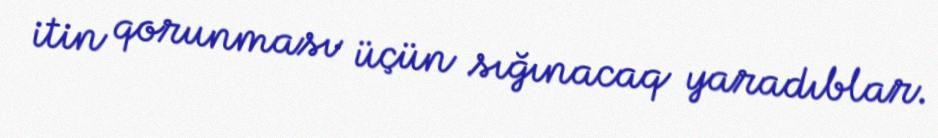
itin qorunması üçün sığınacaq yaradıblar.